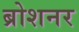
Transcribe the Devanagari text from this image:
ब्रोशनर